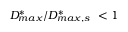
D _ { m a x } ^ { * } / D _ { m a x , s } ^ { * } \ < 1